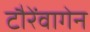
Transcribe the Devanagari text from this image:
टौरेंवागेन